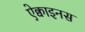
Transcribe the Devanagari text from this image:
ऐक्वाइनस